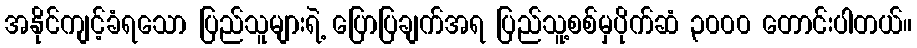
အနိုင်ကျင့်ခံရသော ပြည်သူများရဲ့ ပြောပြချက်အရ ပြည်သူ့စစ်မှပိုက်ဆံ ၃၀၀၀ တောင်းပါတယ်။